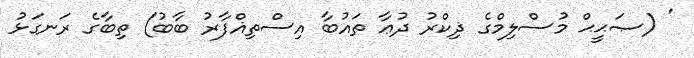
' (ޞަޙީޙް މުސްލިމްގެ ޛިކްރު ދުޢާ ތައުބާ އިސްތިޣްފާރު ބާބު) ތިބާގެ ރަނގަޅު